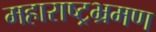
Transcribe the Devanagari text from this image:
महाराष्ट्रभ्रमण